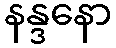
နန္ဒနော